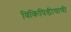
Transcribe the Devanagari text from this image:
विकिपिडीयाची